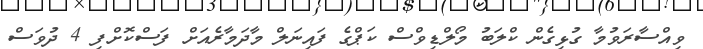
ވިއްސާރަވުމާ ގުޅިގެން ކްލަބު މޯލްޑިވްސް ކަޕްގެ ފައިނަލް މާދަމާރެއަށް ފަސްކޮށްފި 4 ދުވަސް